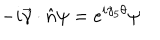
- i \vec { \gamma } \cdot \hat { n } \psi = e ^ { i \gamma _ { 5 } \theta } \psi